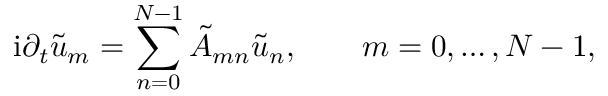
\mathrm { i } \partial _ { t } \tilde { u } _ { m } = \sum _ { n = 0 } ^ { N - 1 } \tilde { A } _ { m n } \tilde { u } _ { n } , \qquad m = 0 , \dots , N - 1 ,